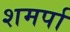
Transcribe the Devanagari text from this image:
शमर्पा